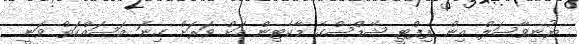
ޔުނިވާސަލް އިން ފިފްޓީ ޝޭޑްސްގެ މާކެޓިން އަށް ވަރަށް ގިނަ މަސައްކަތް ވަނީ